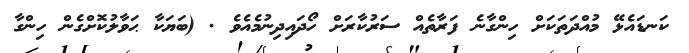
ކަނޑައެޅޭ މުއްދަތަކަށް ހިންގާނެ ފަރާތެއް ސަރުކާރަށް ހޯދައިދިނުމެއެވެ . (ބަޔަކާ ޙަވާލުކޮށްގެން ހިންގާ